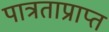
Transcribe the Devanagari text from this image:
पात्रताप्राप्त